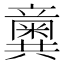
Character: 𥫆